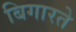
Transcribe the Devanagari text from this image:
बिगारते